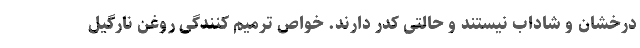
درخشان و شاداب نیستند و حالتی کدر دارند. خواص ترمیم کنندگی روغن نارگیل